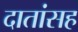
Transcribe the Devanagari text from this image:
दातांसह